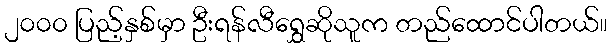
၂၀၀၀ ပြည့်နှစ်မှာ ဦးရန်လီရွှေဆိုသူက တည်ထောင်ပါတယ်။